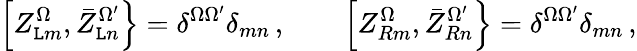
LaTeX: \left[Z_{\mathtt{L}m}^{\Omega},\bar{{Z}}_{\mathtt{L}n}^{\Omega^{\prime}}\right\} =\delta^{\Omega\Omega^{\prime}}\delta_{mn}\, ,\qquad\left[Z_{Rm}^{\Omega},\bar{{Z}}_{Rn}^{\Omega^{\prime}}\right\} =\delta^{\Omega\Omega^{\prime}}\delta_{mn}\, ,